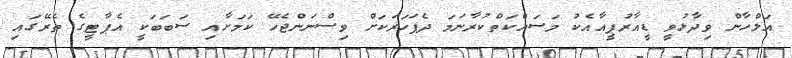
އަލްހާން ވިދާޅުވީ ޑީއާރުޕީއާއެކު މަސައްކަތްކުރާނަމަ ދެފަހަރަކަށް ވިސްނަންޖެހޭ ކަމަށާއި ސަބަބަކީ އެޕާޓީގެ ތެރޭގައި